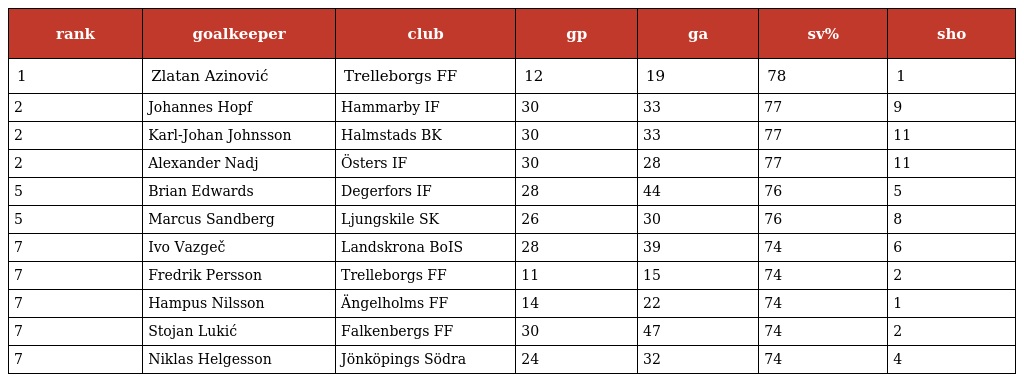
| rank | goalkeeper | club | gp | ga | sv% | sho |
 | --- | --- | --- | --- | --- | --- | --- |
 | 1 | Zlatan Azinović | Trelleborgs FF | 12 | 19 | 78 | 1 |
 | 2 | Johannes Hopf | Hammarby IF | 30 | 33 | 77 | 9 |
 | 2 | Karl-Johan Johnsson | Halmstads BK | 30 | 33 | 77 | 11 |
 | 2 | Alexander Nadj | Östers IF | 30 | 28 | 77 | 11 |
 | 5 | Brian Edwards | Degerfors IF | 28 | 44 | 76 | 5 |
 | 5 | Marcus Sandberg | Ljungskile SK | 26 | 30 | 76 | 8 |
 | 7 | Ivo Vazgeč | Landskrona BoIS | 28 | 39 | 74 | 6 |
 | 7 | Fredrik Persson | Trelleborgs FF | 11 | 15 | 74 | 2 |
 | 7 | Hampus Nilsson | Ängelholms FF | 14 | 22 | 74 | 1 |
 | 7 | Stojan Lukić | Falkenbergs FF | 30 | 47 | 74 | 2 |
 | 7 | Niklas Helgesson | Jönköpings Södra | 24 | 32 | 74 | 4 |